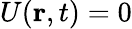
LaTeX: U(\textbf{r},t)=0